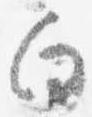
向